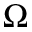
\Omega